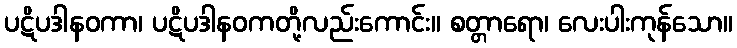
ပဋိပဒါနဝကာ၊ ပဋိပဒါနဝကတို့လည်းကောင်း။ စတ္တာရော၊ လေးပါးကုန်သော။